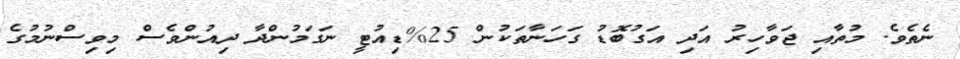
ނެތެވެ. މުތާއި ޖަވާހިރު އަދި އަގުބޮޑު ގަހަނާތަކުން 25%ޑިއުޓީ ނަގަމުންދާ ދިއުންވެސް މިވިސްނުމުގެ